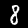
Digit: 8